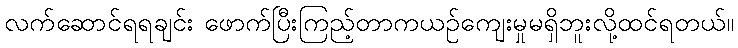
လက်ဆောင်ရရချင်း ဖောက်ပြီးကြည့်တာကယဉ်ကျေးမှုမရှိဘူးလို့ထင်ရတယ်။